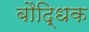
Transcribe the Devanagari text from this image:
बौदि्धक